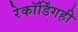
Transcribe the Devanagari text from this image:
रेकॉर्डिंगही